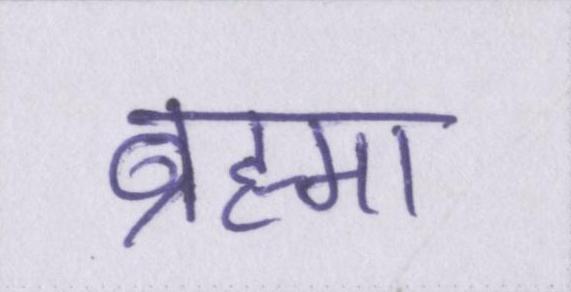
ब्रह्मा